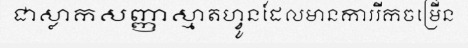
ជាស្លាកសញ្ញាស្មាតហ្វូនដែលមានការរីកចម្រើន